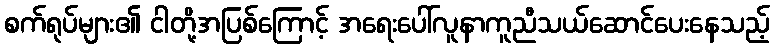
စက်ရုပ်များ၏ ငါတို့အပြစ်ကြောင့် အရေးပေါ်လူနာကူညီသယ်ဆောင်ပေးနေသည့်